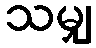
သမျှ